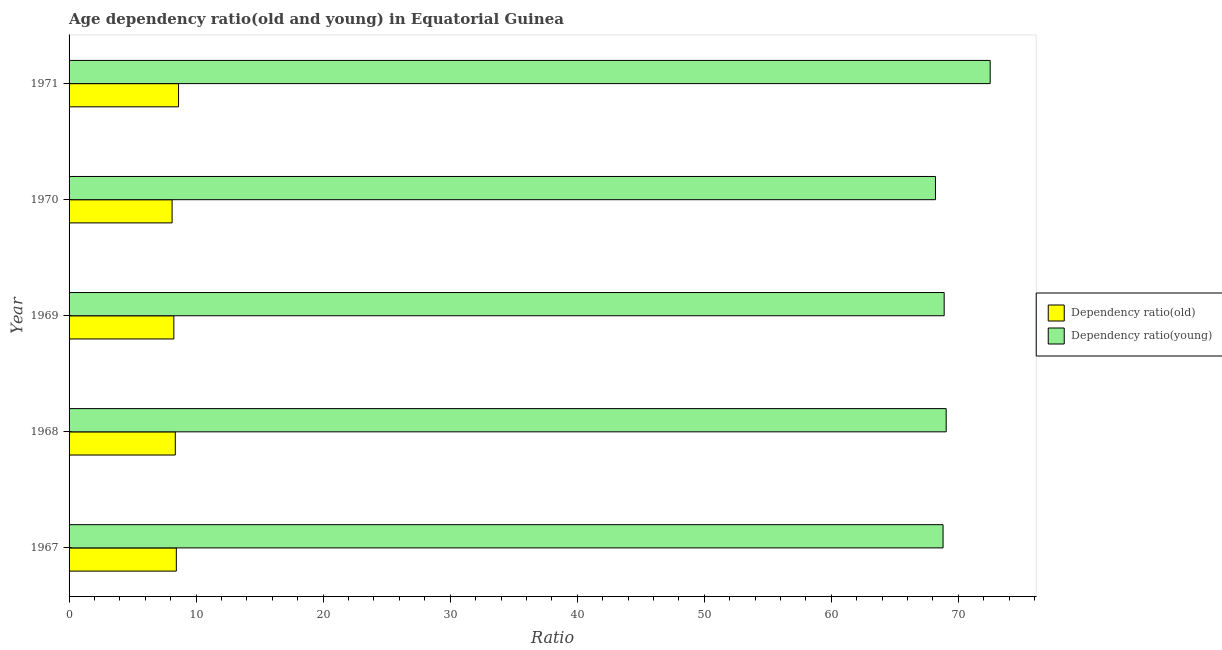
| Year | Dependency ratio(old) | Dependency ratio(young) |
 | --- | --- | --- |
 | 1967 | 8.44 | 68.8 |
 | 1968 | 8.36 | 69 |
 | 1969 | 8.25 | 68.9 |
 | 1970 | 8.11 | 68.2 |
 | 1971 | 8.62 | 72.5 |